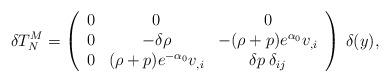
LaTeX: \begin{align*}\delta T^M_N = \left(\begin{array}{ccc}0 & 0 & 0 \\0 & -\delta \rho & -(\rho+p)e^{\alpha_0} v_{,i} \\0 & (\rho+p) e^{- \alpha_0} v_{,i} & \delta p \: \delta_{ij}\\\end{array}\right) \: \delta (y),\end{align*}